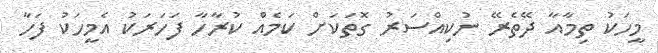
މީހަކު ތިމާއާ ދޭތެރޭ ނުކިއްސަރު ގޮތަކަށް ކަމެއް ކުރާހާ ފަހަރަކު އެމީހަކު ފަހާ